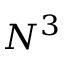
N ^ { 3 }